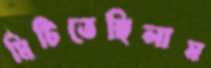
মিটিতেছিলাম